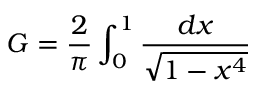
G = { \frac { 2 } { \pi } } \int _ { 0 } ^ { 1 } { \frac { d x } { \sqrt { 1 - x ^ { 4 } } } }